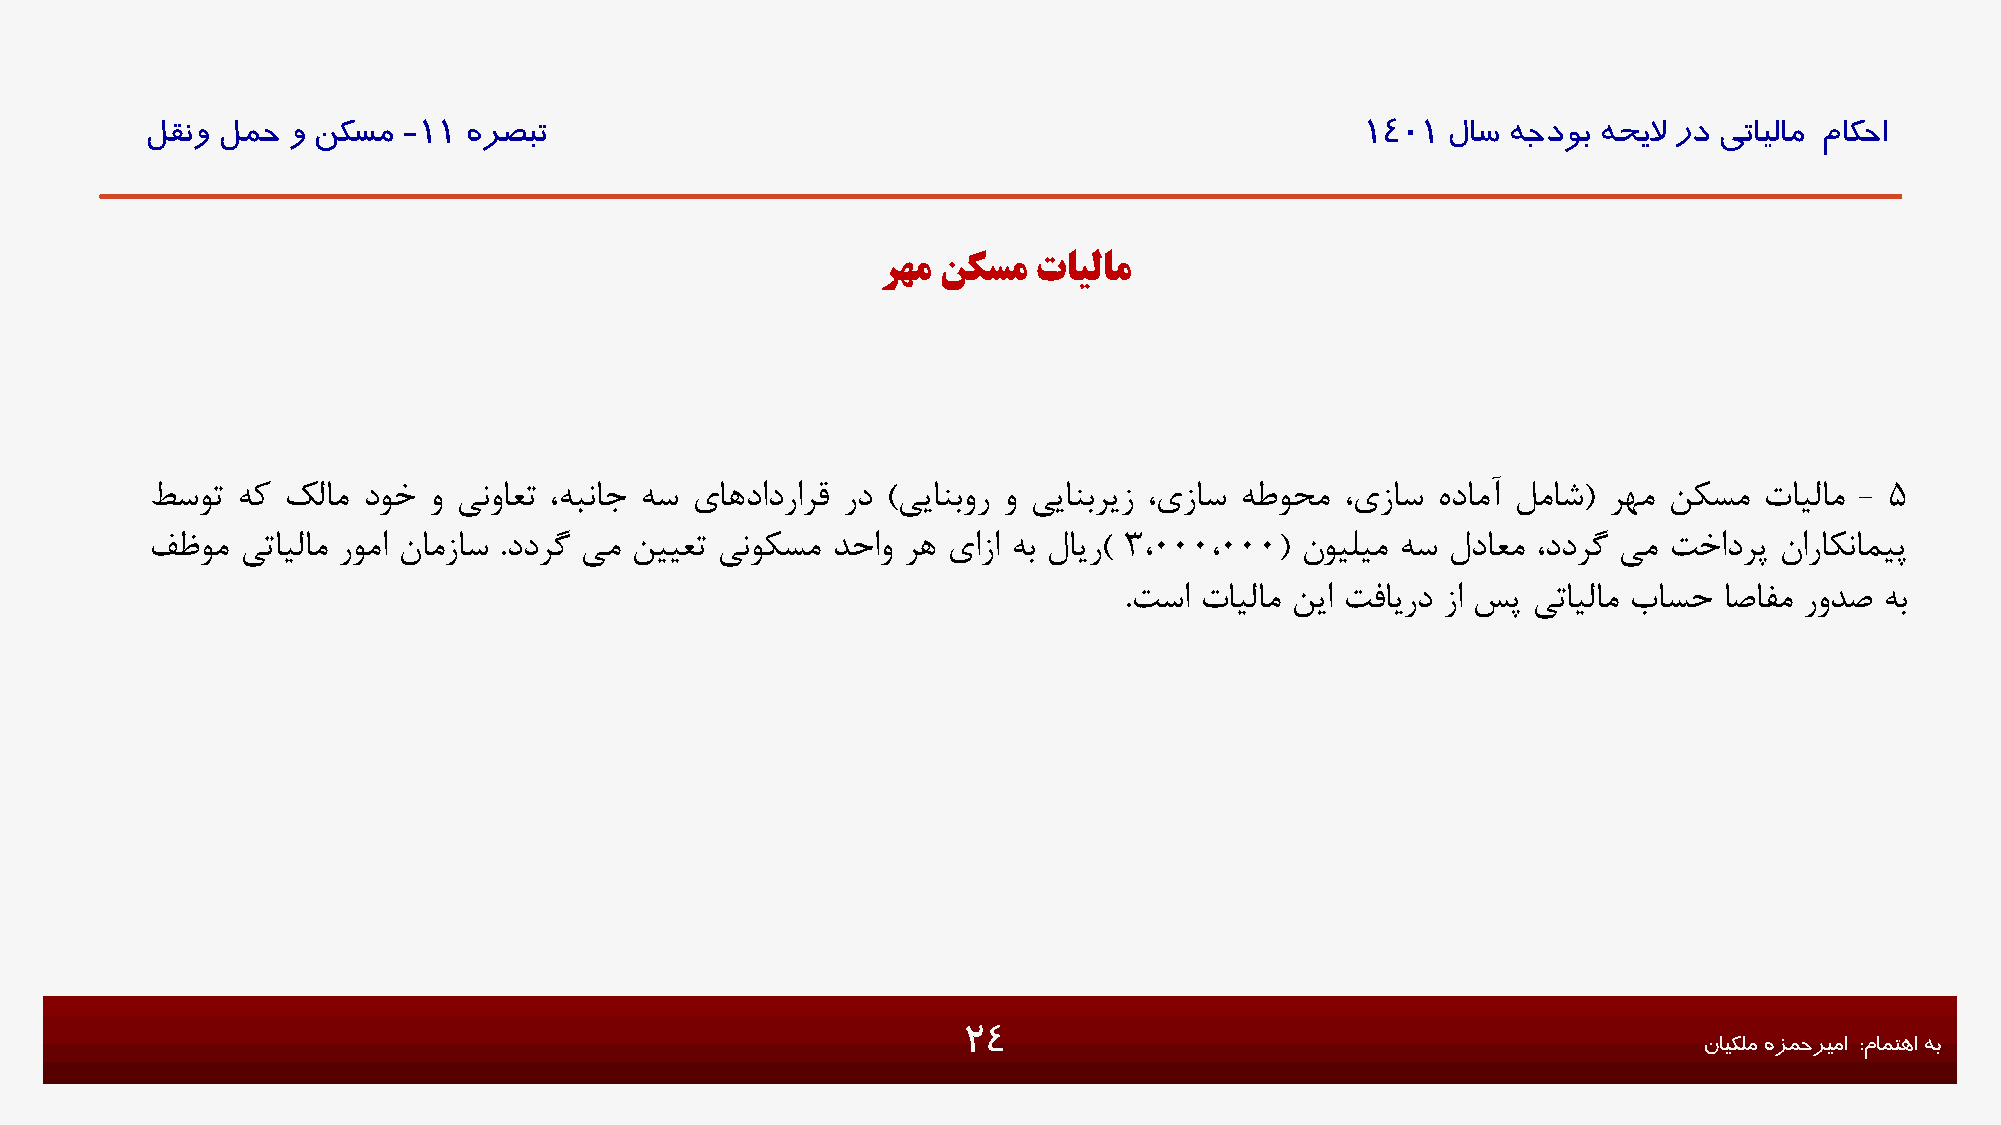
لقنو لمح و نکسم  -11 هرصبت                                                      1401  لاس هجدوب هحیلا رد یتایلام ماکحا
 رهم نکسم   تایلام
 طسوت  هک کلام دوخ و ینواعت ،هبناج هس ياهدادرارق رد )ییانبور و ییانبریز ،يزاس هطوحم ،يزاس هدامآ لماش( رهم نکسم تایلام - 5
 فظوم  یتایلام روما نامزاس .ددرگ یم نییعت ینوکسم دحاو ره يازا هب لایر) 3،000،000( نویلیم هس لداعم ،ددرگ یم تخادرپ ناراکنامیپ
 .تسا تایلام نیا تفایرد زا سپ یتایلام باسح اصافم رودص هب
 24                                               نایکلم هزمحریما :مامتها هب